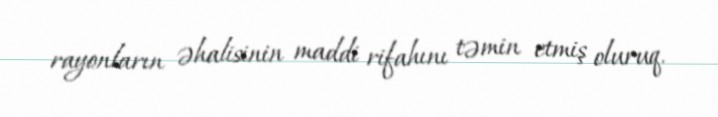
rayonların əhalisinin maddi rifahını təmin etmiş oluruq.